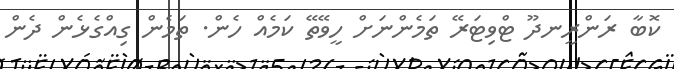
ކޮބާ ރަންރީނދޫ ޓްވިޓަރޭ ތަމެންނަށް ހީވޭތޭ ކަމެއް ހެން. ތަމެން ގިއްގެޅެން ދެން